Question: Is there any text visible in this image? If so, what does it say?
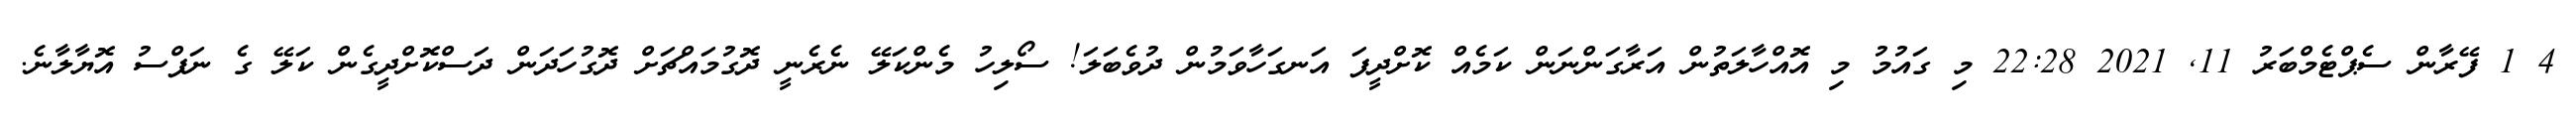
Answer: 4 1 ފޭރާން ސެޕްޓެމްބަރު 11, 2021 22:28 މި ގައުމު މި އޮއްހާލަތުން އަރާގަންނަން ކަމެއް ކޮށްދީފަ އަނގަހާވަމުން ދުވެބަލަ! ސޯލިހު މެންކަލޭ ނެރެނީ ދޮގުމައްޗަށް ދޮގުހަދަން ދަސްކޮށްދީގެން ކަލޭ ގެ ނަފްސު އޮޔާލާނެ.